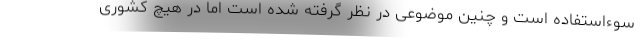
سوءاستفاده است و چنین موضوعی در نظر گرفته شده است اما در هیچ کشوری